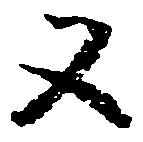
又